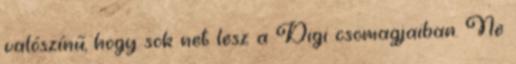
valószínű, hogy sok net lesz a Digi csomagjaiban. Ne